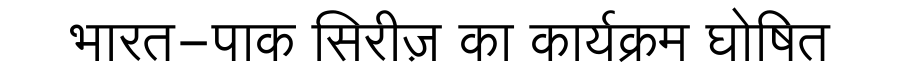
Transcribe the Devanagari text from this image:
भारत-पाक सिरीज़ का कार्यक्रम घोषित